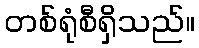
တစ်ရုံစီရှိသည်။